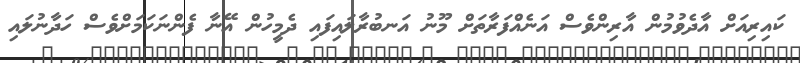
ކައިރިއަށް އާދެވުމުން އާރިންވެސް އަނެއްފަރާތަށް މޫނު އަނބުރާލައިފައި ދެމީހުން އޭނާ ފެންނަކަމަށްވެސް ހަދާނުލައި